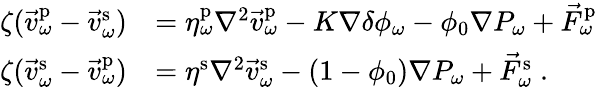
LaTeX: \begin{array}{rl}{\zeta(\vec{v}_{\omega}^{\mathrm{p}}-\vec{v}_{\omega}^{\mathrm{s}})}&{=\eta_{\omega}^{\mathrm{p}}\nabla^{2}\vec{v}_{\omega}^{\mathrm{p}}-K\nabla\delta\phi_{\omega}-\phi_{0}\nabla P_{\omega}+\vec{F}_{\omega}^{\mathrm{p}}}\\ {\zeta(\vec{v}_{\omega}^{\mathrm{s}}-\vec{v}_{\omega}^{\mathrm{p}})}&{=\eta^{\mathrm{s}}\nabla^{2}\vec{v}_{\omega}^{\mathrm{s}}-(1-\phi_{0})\nabla P_{\omega}+\vec{F}_{\omega}^{\mathrm{s}}\; .}\end{array}